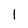
Character: l